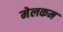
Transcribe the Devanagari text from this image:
मेलकम